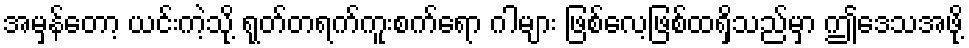
အမှန်တော့ ယင်းကဲ့သို့ ရုတ်တရက်ကူးစက်ရော ဂါများ ဖြစ်လေ့ဖြစ်ထရှိသည်မှာ ဤဒေသအဖို့